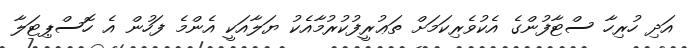
އަދި ހުރިހާ ސްޓާފުންގެ އެކުވެރިކަމަށް ތަޢުރީފުކުރުމާއެކު ޔަލާއަކީ އެންމެ ފަހުން އެ ހޮސްޕިޓަލާ